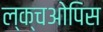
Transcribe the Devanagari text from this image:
ल्क्चओपिस